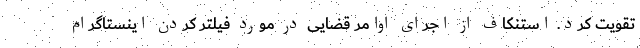
تقویت کرد. استنکاف از اجرای اوامر قضایی در مورد فیلتر کردن اینستاگرام